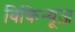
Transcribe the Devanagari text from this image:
विकिन्यूज़